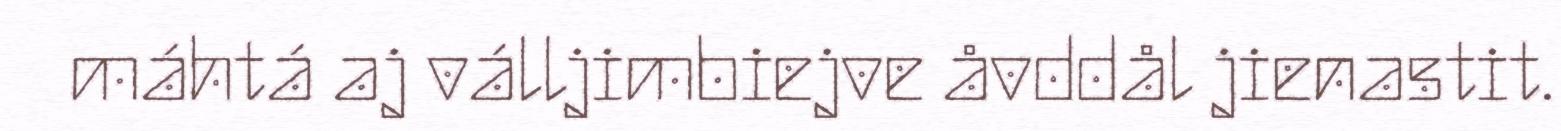
máhtá aj válljimbiejve åvddål jienastit.